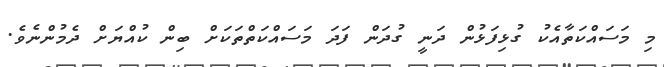
މި މަސައްކަތާއެކު ގުޅިފަޅުން ދަނީ ގުދަން ފަދަ މަސައްކަތްތަކަށް ބިން ކުއްޔަށް ދެމުންނެވެ.